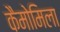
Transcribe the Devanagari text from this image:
कैमोमिला